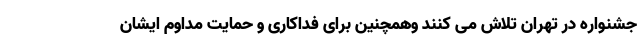
جشنواره در تهران تلاش می کنند وهمچنین برای فداکاری و حمایت مداوم ایشان